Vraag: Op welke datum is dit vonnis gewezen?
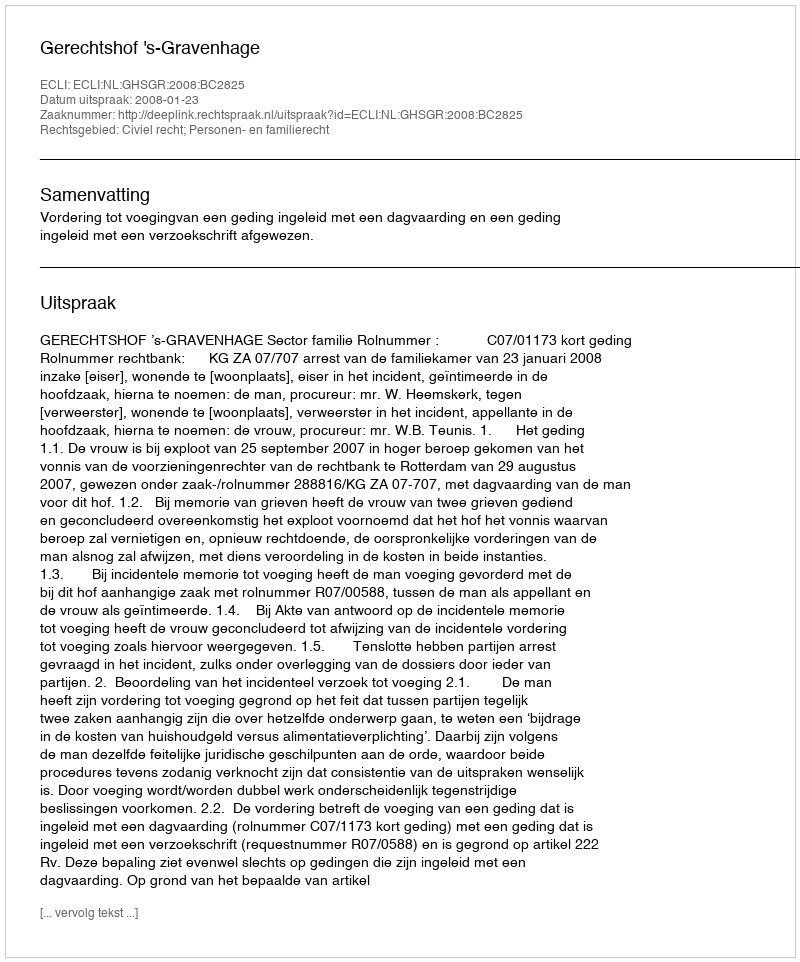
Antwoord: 2008-01-23